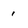
Character: i